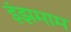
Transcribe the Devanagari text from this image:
इंझमाम